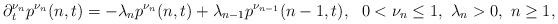
LaTeX: \begin{align*}\partial_t^{\nu_n} p^{\nu_n}(n,t)=-\lambda_np^{\nu_n}(n,t)+\lambda_{n-1}p^{\nu_{n-1}}(n-1,t),\ \ 0<\nu_n\leq 1,\ \lambda_n>0,\ n\geq 1,\end{align*}